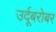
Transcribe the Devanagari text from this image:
उर्दूबरोबर